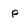
Character: p